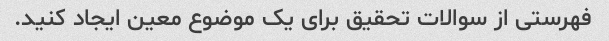
فهرستی از سوالات تحقیق برای یک موضوع معین ایجاد کنید.